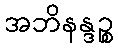
အဘိနန္ဒဉ္စ